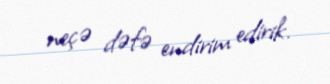
neçə dəfə endirim edirik.